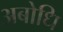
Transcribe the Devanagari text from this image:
अबोधि